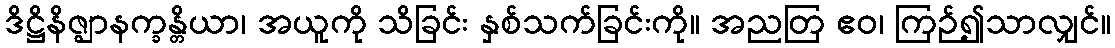
ဒိဋ္ဌိနိဇ္ဈာနက္ခန္တိယာ၊ အယူကို သိခြင်း နှစ်သက်ခြင်းကို။ အညတြ ဧဝ၊ ကြဉ်၍သာလျှင်။